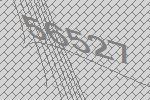
56527